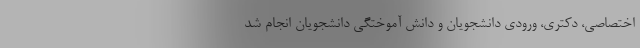
اختصاصی، دکتری، ورودی دانشجویان و دانش آموختگی دانشجویان انجام شد